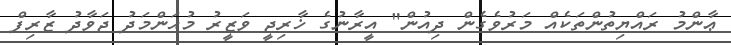
ޢާންމު ރައްޔިތުންތަކެއް މަރުވެގެން ދިއުން" އީރާނުގެ ޚާރިޖީ ވަޒީރު މުޙަންމަދު ޖަވާދު ޒާރިފް